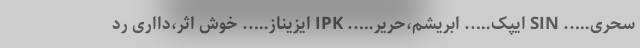
سحری….. SIN ایپک….. ابریشم،حریر….. IPK ایزیناز….. خوش اثر،دااری رد